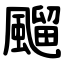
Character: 飀